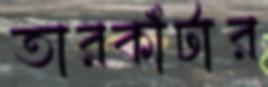
তারকাঁটার